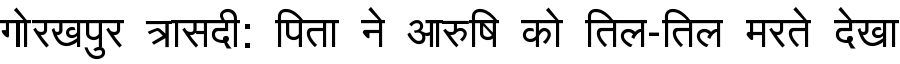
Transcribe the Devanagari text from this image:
गोरखपुर त्रासदी: पिता ने आरुषि को तिल-तिल मरते देखा